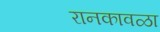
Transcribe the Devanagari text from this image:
रानकावळा